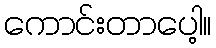
ကောင်းတာပေါ့။